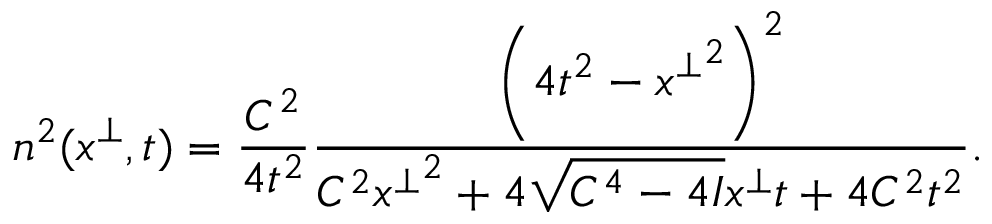
n ^ { 2 } ( x ^ { \perp } , t ) = \frac { C ^ { 2 } } { 4 t ^ { 2 } } \frac { \left( 4 t ^ { 2 } - { x ^ { \perp } } ^ { 2 } \right) ^ { 2 } } { C ^ { 2 } { x ^ { \perp } } ^ { 2 } + 4 \sqrt { C ^ { 4 } - 4 I } x ^ { \perp } t + 4 C ^ { 2 } t ^ { 2 } } .